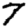
Digit: 7